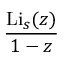
\frac { \operatorname { L i } _ { s } ( z ) } { 1 - z }